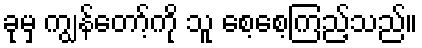
ခုမှ ကျွန်တော့်ကို သူ စေ့စေ့ကြည့်သည်။